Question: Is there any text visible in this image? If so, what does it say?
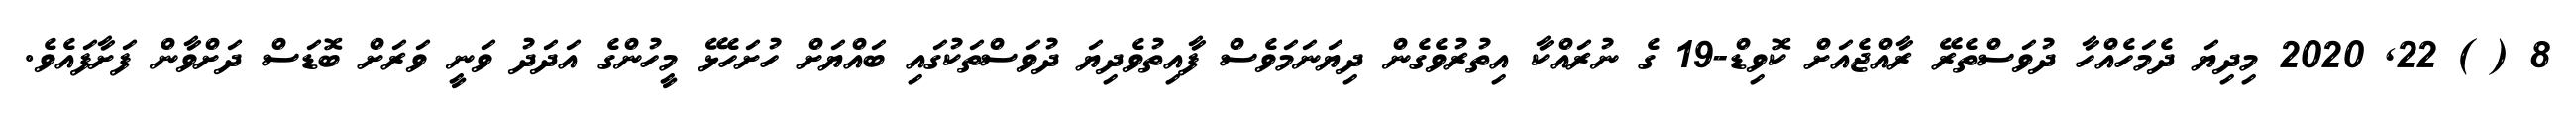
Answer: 8 ( ) 22, 2020 މިދިޔަ ދެމަހެއްހާ ދުވަސްތެރޭ ރާއްޖެއަށް ކޮވިޑް-19 ގެ ނުރައްކާ އިތުރުވެގެން ދިޔަނަމަވެސް ފާއިތުވެދިޔަ ދުވަސްތަކުގައި ބައްޔަށް ހުށަހެޅޭ މީހުންގެ އަދަދު ވަނީ ވަރަށް ބޮޑަސް ދަށްވާން ފަށާފައެވެ.